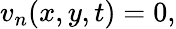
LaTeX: \begin{array}{r}{v_{n}(x,y,t)=0,}\end{array}